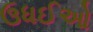
ઉધઈઓ